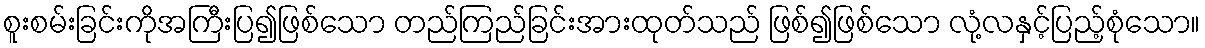
စူးစမ်းခြင်းကိုအကြီးပြ၍ဖြစ်သော တည်ကြည်ခြင်းအားထုတ်သည် ဖြစ်၍ဖြစ်သော လုံ့လနှင့်ပြည့်စုံသော။